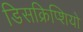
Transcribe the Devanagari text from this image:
डिसक्रिप्शियो